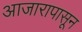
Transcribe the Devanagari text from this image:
आजारापासून